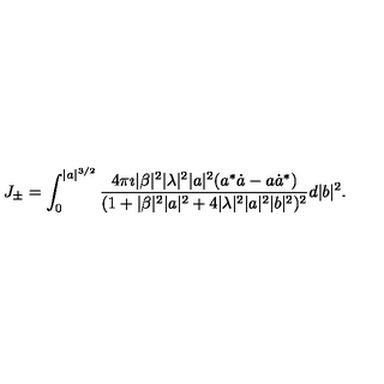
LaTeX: J _ { \pm } = \int _ { 0 } ^ { \vert a \vert ^ { 3 / 2 } } \frac { 4 \pi \imath \vert \beta \vert ^ { 2 } \vert \lambda \vert ^ { 2 } \vert a \vert ^ { 2 } ( a ^ { * } \dot { a } - a \dot { a } ^ { * } ) } { ( 1 + \vert \beta \vert ^ { 2 } \vert a \vert ^ { 2 } + 4 \vert \lambda \vert ^ { 2 } \vert a \vert ^ { 2 } \vert b \vert ^ { 2 } ) ^ { 2 } } d \vert b \vert ^ { 2 } .